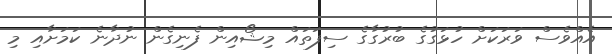
އެއްވެސް ވަރަކަށް ހުޅަގުގެ ބުރުގާގެ ސިފަތައް މިޝޯއިން ފެނިގެން ނުދާނެ ކަމަށާއި މި